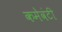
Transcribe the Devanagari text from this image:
कमेवंटी